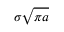
\sigma { \sqrt { \pi a } }